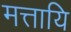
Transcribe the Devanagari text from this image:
मत्तायि